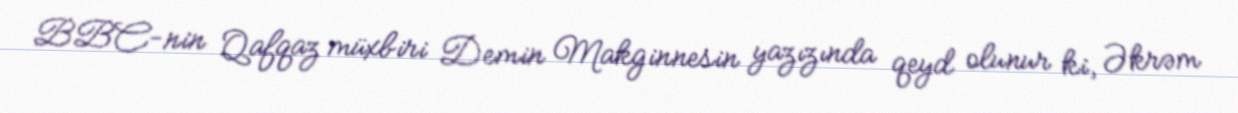
BBC-nin Qafqaz müxbiri Demin Makginnesin yazızında qeyd olunur ki, Əkrəm